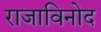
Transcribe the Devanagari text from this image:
राजाविनोद